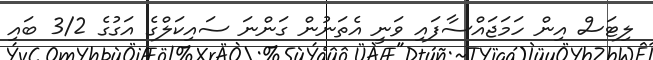
ލިޓަސް އިން ހަމަޖައްސާފައި ވަނީ އެތަނުން ގަންނަ ސައިކަލްގެ އަގުގެ 3/2 ބައި